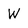
Character: W